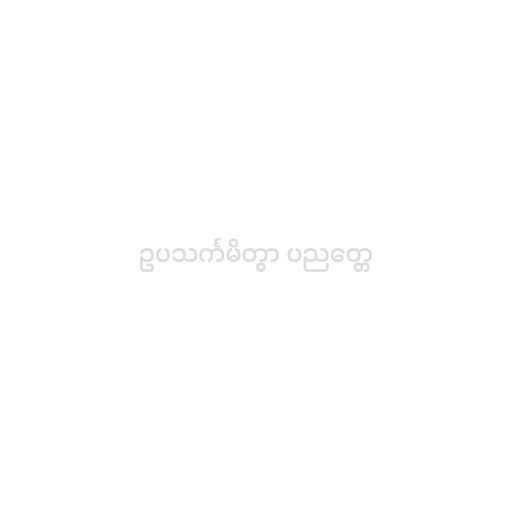
ဥပသင်္ကမိတွာ ပညတ္တေ